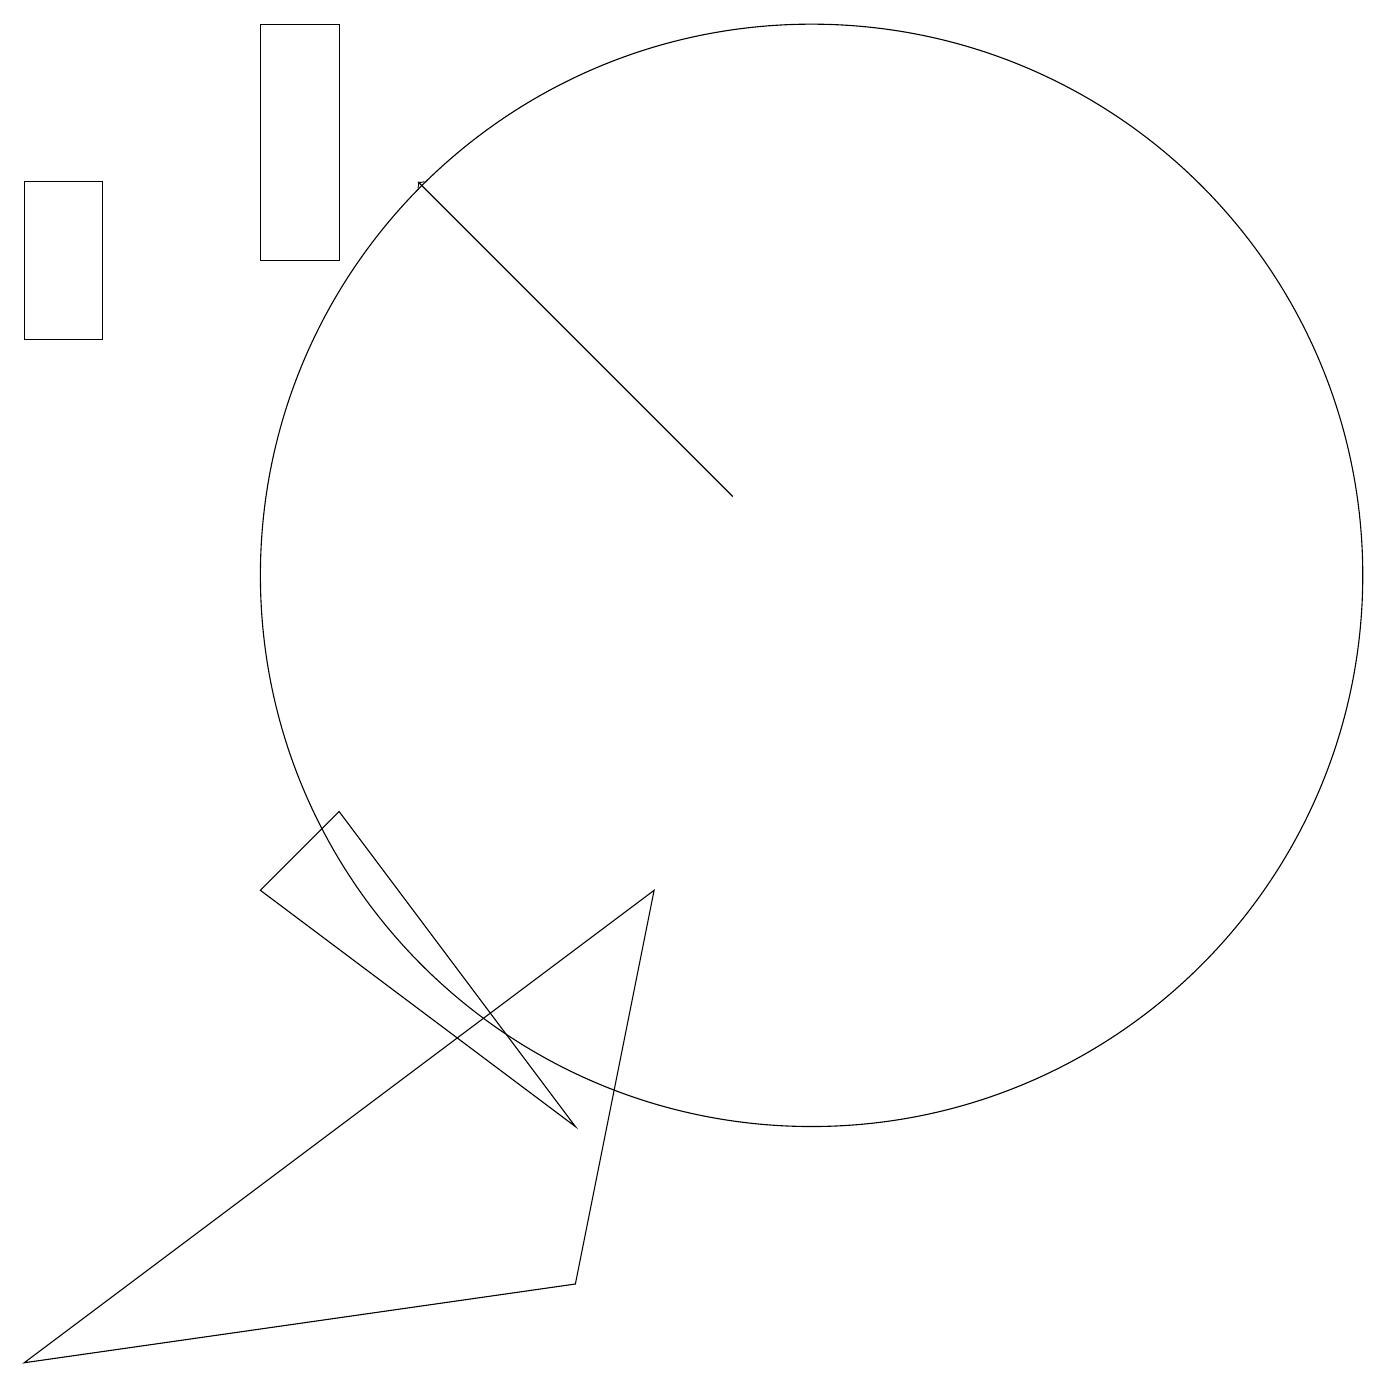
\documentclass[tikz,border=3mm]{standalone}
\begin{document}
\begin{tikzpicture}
\draw (3,6) -- (7,3) -- (4,7) -- cycle;
\draw (3,14) rectangle (4,17);
\draw[->] (9,11) -- (5,15);
\draw (10,10) circle (7);
\draw (0,15) rectangle (1,13);
\draw (8,6) -- (0,0) -- (7,1) -- cycle;
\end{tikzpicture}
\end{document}